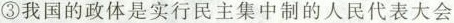
③我国的政体是实行民主集中制的人民代表大会